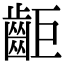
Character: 䶙